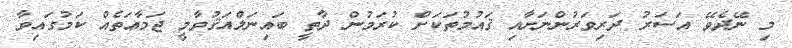
މި ނޭދެވޭ އަސަރު ދަރިވަރުންނަށާއި ޤައުމުތަކަށް ކުރަމުން ދާތީ ބައިނަލްއަޤުވާމީ ޖަމާޢަތެއް ކަމުގައިވާ